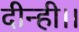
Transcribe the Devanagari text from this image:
दीन्ही।।